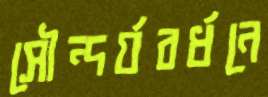
সৌন্দর্যবর্ধনে